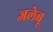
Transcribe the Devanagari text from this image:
जलेबू